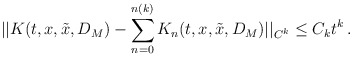
\begin{align*}||K(t,x,\tilde x,D_M)-\sum_{n=0}^{n(k)}K_n(t,x,\tilde x,D_M)||_{C^k}\le C_kt^k\,.\end{align*}